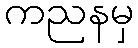
ကညနမှ